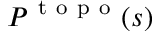
{ \cal { P } } ^ { \mathrm { ~ t ~ o ~ p ~ o ~ } } ( s )